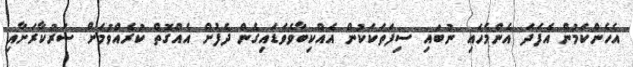
އެހެންކަމުން އެފަދަ އެންމެހައި ނުބައި ސިފަތަކަކުން އެއްކިބާވެވަޑައިގެން ދެފުށް އެއްގޮތް ކުރެއްވުމަށް ސަރުކާރަށާއި